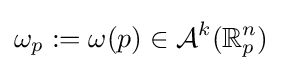
\omega _{p}:=\omega (p)\in {\mathcal {A}}^{k}(\mathbb {R} _{p}^{n})